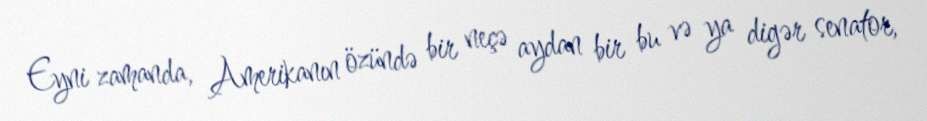
Eyni zamanda, Amerikanın özündə bir neçə aydan bir bu və ya digər senator,